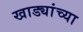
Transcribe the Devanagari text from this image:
खाड्यांच्या